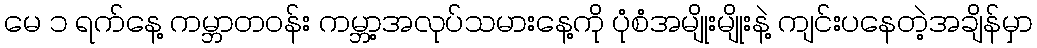
မေ ၁ ရက်နေ့ ကမ္ဘာတဝန်း ကမ္ဘာ့အလုပ်သမားနေ့ကို ပုံစံအမျိုးမျိုးနဲ့ ကျင်းပနေတဲ့အချိန်မှာ